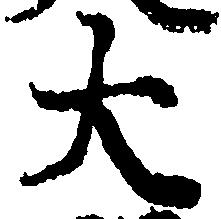
大